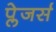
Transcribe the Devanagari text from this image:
प्लेजर्स